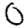
Digit: 0